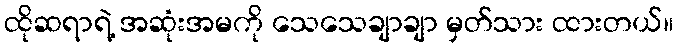
ထိုဆရာရဲ့ အဆုံးအမကို သေသေချာချာ မှတ်သား ထားတယ်။